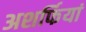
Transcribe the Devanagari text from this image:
अशर्फियां